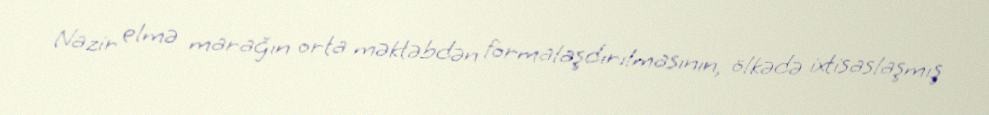
Nazir elmə marağın orta məktəbdən formalaşdırılmasının, ölkədə ixtisaslaşmış